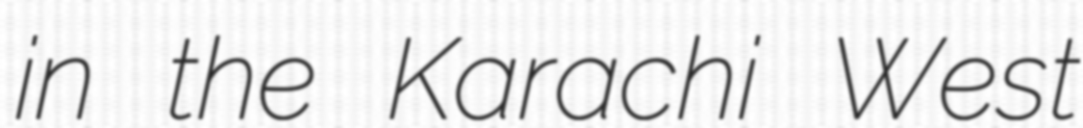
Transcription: in the Karachi West